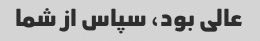
عالی بود، سپاس از شما